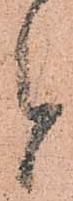
者